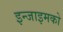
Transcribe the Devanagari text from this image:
इन्जाइमको